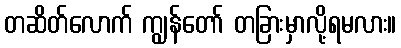
တဆိတ်လောက် ကျွန်တော် တခြားမှာလို့ရမလား။